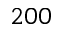
2 0 0